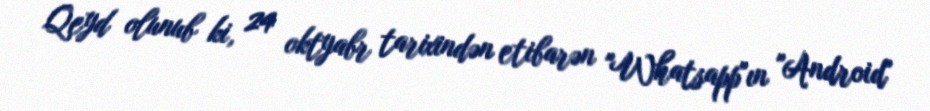
Qeyd olunub ki, 24 oktyabr tarixindən etibarən "Whatsapp"ın "Android"